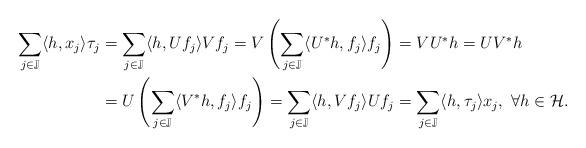
LaTeX: \begin{align*}\sum_{j\in\mathbb{J}}\langle h,x_j\rangle \tau_j&=\sum_{j\in\mathbb{J}}\langle h,Uf_j\rangle Vf_j=V\left(\sum_{j\in\mathbb{J}}\langle U^*h,f_j\rangle f_j \right)=VU^*h=UV^*h\\&=U\left(\sum_{j\in\mathbb{J}}\langle V^*h,f_j\rangle f_j \right)=\sum_{j\in\mathbb{J}}\langle h,Vf_j\rangle Uf_j=\sum_{j\in\mathbb{J}}\langle h,\tau_j\rangle x_j, ~\forall h \in \mathcal{H}.\end{align*}